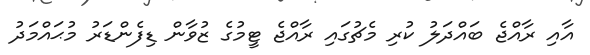
އާއި ރާއްޖެ ބައްދަލު ކުރި މެޗުގައި ރާއްޖެ ޓީމުގެ ޒުވާން ޑިފެންޑަރު މުޙައްމަދު